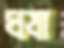
ঘষা